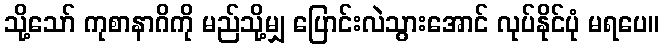
သို့သော် ကုစာနာဂိကို မည်သို့မျှ ပြောင်းလဲသွားအောင် လုပ်နိုင်ပုံ မရပေ။